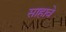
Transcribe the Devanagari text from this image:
साहावे